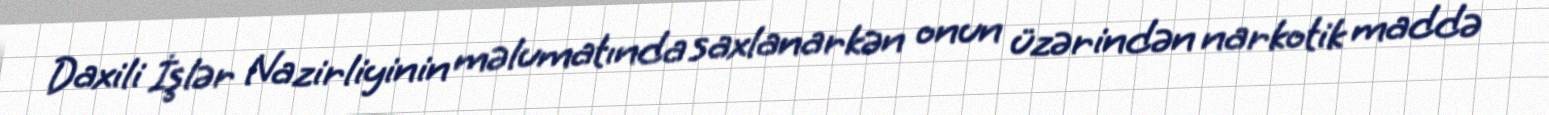
Daxili İşlər Nazirliyinin məlumatında saxlanarkən onun üzərindən narkotik maddə